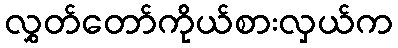
လွှတ်တော်ကိုယ်စားလှယ်က